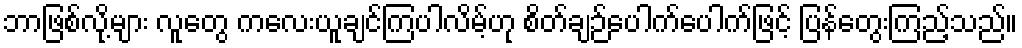
ဘာဖြစ်လို့များ လူတွေ ကလေးယူချင်ကြပါလိမ့်ဟု စိတ်ချဉ်ပေါက်ပေါက်ဖြင့် ပြန်တွေးကြည့်သည်။